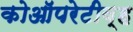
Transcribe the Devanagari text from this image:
कोऑपरेटीव्ह